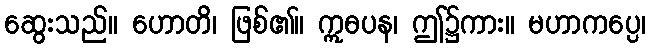
ဆွေးသည်။ ဟောတိ၊ ဖြစ်၏။ ဣဓပန၊ ဤ၌ကား။ မဟာကပ္ပေ၊